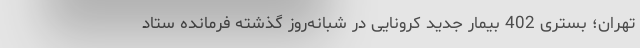
تهران؛ بستری 402 بیمار جدید کرونایی در شبانه‌روز گذشته فرمانده ستاد